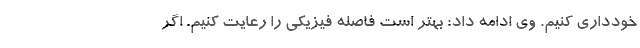
خودداری کنیم. وی ادامه داد: بهتر است فاصله فیزیکی را رعایت کنیم. اگر